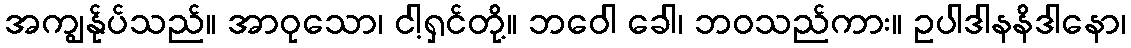
အကျွန်ုပ်သည်။ အာဝုသော၊ ငါ့ရှင်တို့။ ဘဝေါ ခေါ၊ ဘဝသည်ကား။ ဥပါဒါနနိဒါနော၊